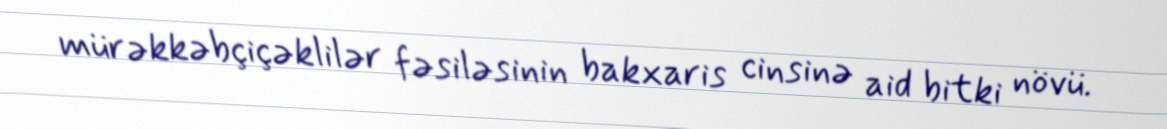
mürəkkəbçiçəklilər fəsiləsinin bakxaris cinsinə aid bitki növü.